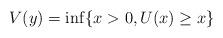
LaTeX: \begin{align*}V(y)=\inf \{x>0,U(x)\geq x\}\end{align*}